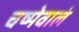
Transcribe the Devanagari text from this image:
चष्मेवालं